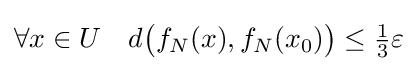
\forall x\in U\quad d{\bigl (}f_{N}(x),f_{N}(x_{0}){\bigr )}\leq {\tfrac {1}{3}}\varepsilon